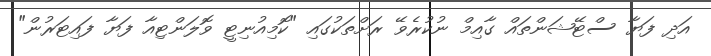
އަދި ފަޔާ ސްޓޭޝަންތައް ގާއިމް ނުކުރެވޭ ރަށްތަކުގައި "ކޮމިއުނިޓީ ވޮލަންޓިއާ ފަޔާ ފައިޓަރުން"